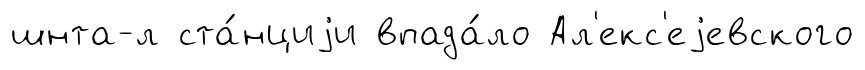
шнта-л ста́нциjи впада́ло Ал'екс'еjевского